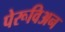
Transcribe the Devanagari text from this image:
पेरूविअन